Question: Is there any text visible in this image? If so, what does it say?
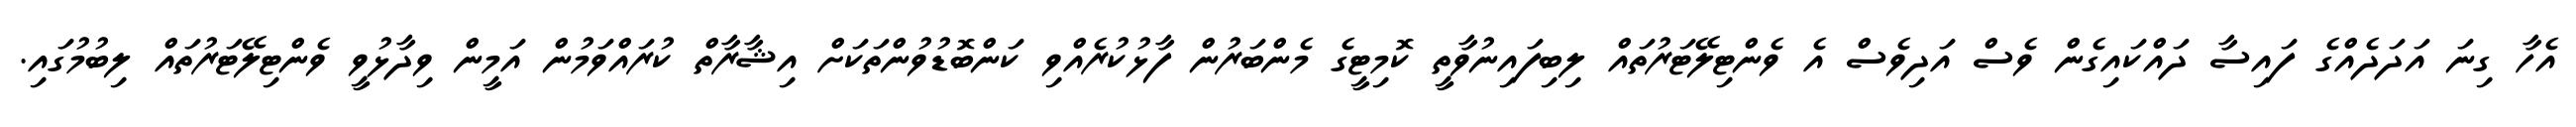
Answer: އެހާ ގިނަ އަދަދެއްގެ ފައިސާ ދައްކައިގެން ވެސް އަދިވެސް އެ ވެންޓިލޭޓަރުތައް ލިބިފައިނުވާތީ ކޮމިޓީގެ މެންބަރުން ފާޅުކުރެއްވި ކަންބޮޑުވުންތަކަށް އިޝާރާތް ކުރައްވަމުން އަމީން ވިދާޅުވީ ވެންޓިލޭޓަރުތައް ލިބުމުގައި.